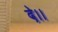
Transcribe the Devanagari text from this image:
दे।।